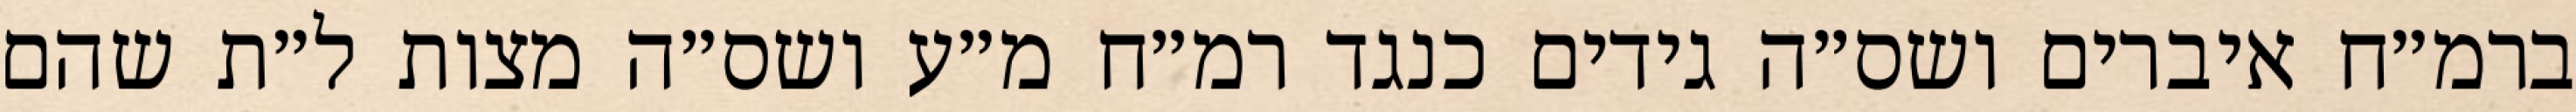
ברמ״ח איברים ושס״ה גידים כנגד רמ״ח מ״ע ושס״ה מצות ל״ת שהם